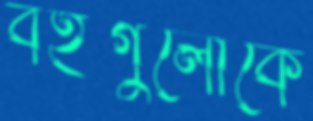
বইগুলোকে